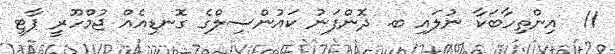
11  އިންތިހާބަކާ ނުލައި ބ. ދޮންފަނު ކައުންސިލްގެ ގޮނޑިއެއް ޖުމްހޫރީ ޕާޓީ